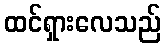
ထင်ရှားလေသည်